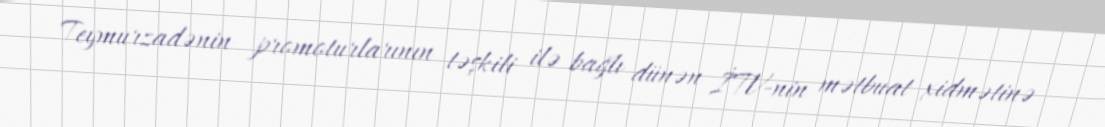
Teymurzadənin promoturlarının təşkili ilə bağlı dünən İTV-nin mətbuat xidmətinə